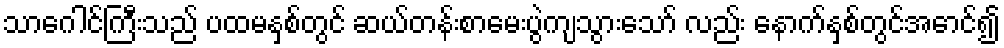
သာဂေါင်ကြီးသည် ပထမနှစ်တွင် ဆယ်တန်းစာမေးပွဲကျသွားသော် လည်း နောက်နှစ်တွင်အောင်၍